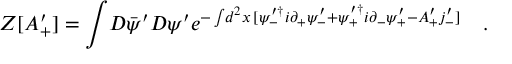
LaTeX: Z [ A _ { + } ^ { \prime } ] = \int \! D \bar { \psi } ^ { \prime } D \psi ^ { \prime } e ^ { - \int \! d ^ { 2 } x \, [ \psi _ { - } ^ { \prime \dag } i \partial _ { + } \psi _ { - } ^ { \prime } + \psi _ { + } ^ { \prime \dag } i \partial _ { - } \psi _ { + } ^ { \prime } - A _ { + } ^ { \prime } j _ { - } ^ { \prime } ] } \quad .